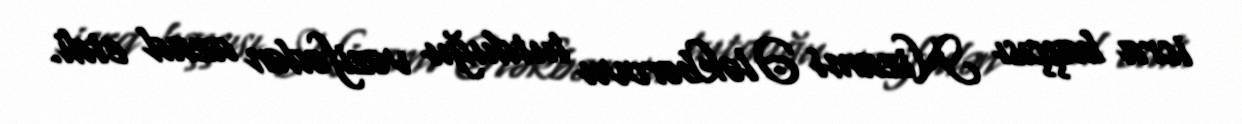
icra başçısı Nizami Ələkbərovu tutduğu vəzifədən azad etdi.